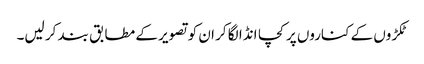
ٹکڑوں کے کناروں پر کچا انڈا لگا کر ان کو تصویر کے مطابق بند کر لیں۔